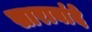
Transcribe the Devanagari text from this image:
साराबांदे